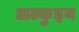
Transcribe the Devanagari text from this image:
अल्कुइन